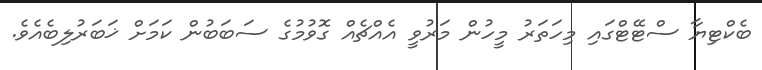
ބެކްޓިޔާ ސްޓޭޓްގައި މިހަތަރު މީހުން މަރުވީ އެއްޗެއް ގޮވުމުގެ ސަބަބުން ކަމަށް ޚަބަރުލިބެއެވެ.